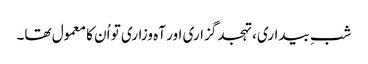
شبِ بیداری، تہجد گزاری اور آہ وزاری تو اُن کا معمول تھا۔